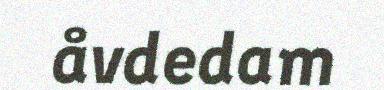
åvdedam